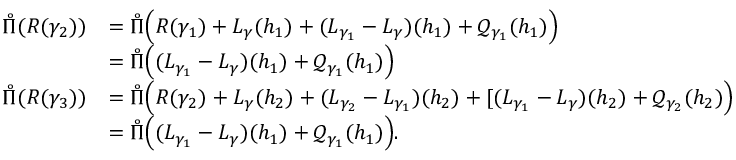
\begin{array} { r l } { \mathring \Pi ( R ( \gamma _ { 2 } ) ) } & { = \mathring \Pi \Big ( R ( \gamma _ { 1 } ) + L _ { \gamma } ( h _ { 1 } ) + ( L _ { \gamma _ { 1 } } - L _ { \gamma } ) ( h _ { 1 } ) + \mathcal Q _ { \gamma _ { 1 } } ( h _ { 1 } ) \Big ) } \\ & { = \mathring \Pi \Big ( ( L _ { \gamma _ { 1 } } - L _ { \gamma } ) ( h _ { 1 } ) + \mathcal Q _ { \gamma _ { 1 } } ( h _ { 1 } ) \Big ) } \\ { \mathring \Pi ( R ( \gamma _ { 3 } ) ) } & { = \mathring \Pi \Big ( R ( \gamma _ { 2 } ) + L _ { \gamma } ( h _ { 2 } ) + ( L _ { \gamma _ { 2 } } - L _ { \gamma _ { 1 } } ) ( h _ { 2 } ) + [ ( L _ { \gamma _ { 1 } } - L _ { \gamma } ) ( h _ { 2 } ) + \mathcal Q _ { \gamma _ { 2 } } ( h _ { 2 } ) \Big ) } \\ & { = \mathring \Pi \Big ( ( L _ { \gamma _ { 1 } } - L _ { \gamma } ) ( h _ { 1 } ) + \mathcal Q _ { \gamma _ { 1 } } ( h _ { 1 } ) \Big ) . } \end{array}